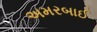
અમરબાઈ